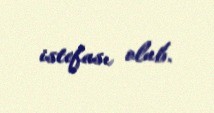
istefası olub.